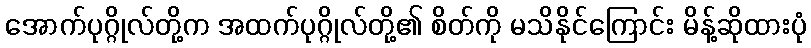
အောက်ပုဂ္ဂိုလ်တို့က အထက်ပုဂ္ဂိုလ်တို့၏ စိတ်ကို မသိနိုင်ကြောင်း မိန့်ဆိုထားပုံ